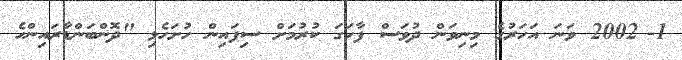
1-	2002 ވަނަ އަހަރުގެ މިނިވަން ދުވަސް ފާހަގަ ކުރުމަށް ސިފައިން ހުށަހެޅި "ދޮންބަންޑާރައިންހެ